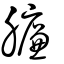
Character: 臁